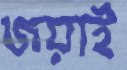
জয়াই